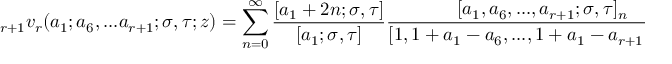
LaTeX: \displaystyle { } _ { r + 1 } v _ { r } ( a _ { 1 } ; a _ { 6 } , . . . a _ { r + 1 } ; \sigma , \tau ; z ) = \sum _ { n = 0 } ^ { \infty } { \frac { [ a _ { 1 } + 2 n ; \sigma , \tau ] } { [ a _ { 1 } ; \sigma , \tau ] } } { \frac { [ a _ { 1 } , a _ { 6 } , . . . , a _ { r + 1 } ; \sigma , \tau ] _ { n } } { [ 1 , 1 + a _ { 1 } - a _ { 6 } , . . . , 1 + a _ { 1 } - a _ { r + 1 } ; \sigma , \tau ] _ { n } } } z ^ { n }